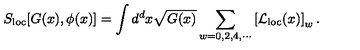
S _ { \mathrm { l o c } } [ G ( x ) , \phi ( x ) ] = \int d ^ { d } x \sqrt { G ( x ) } \sum _ { w = 0 , 2 , 4 , \cdots } \left[ { \cal L } _ { \mathrm { l o c } } ( x ) \right] _ { w } .